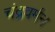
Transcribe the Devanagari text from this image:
चंद्रवर्मन